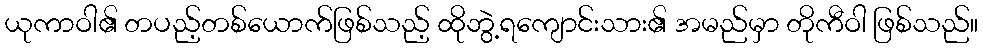
ယုကာဝါ၏ တပည့်တစ်ယောက်ဖြစ်သည့် ထိုဘွဲ့ရကျောင်းသား၏ အမည်မှာ တိုကီဝါ ဖြစ်သည်။